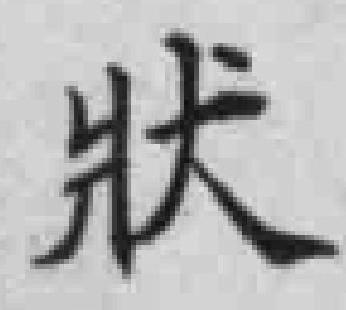
狀